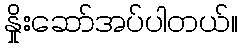
နှိုးဆော်အပ်ပါတယ်။